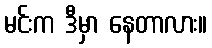
မင်းက ဒီမှာ နေတာလား။